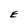
Character: E